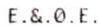
E.&.0.E.